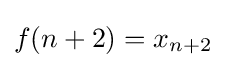
f(n+2)=x_{n+2}